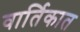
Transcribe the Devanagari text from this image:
वार्तिकात